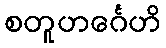
စတူဟင်္ဂေဟိ